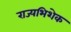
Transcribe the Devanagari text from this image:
राज्यभिशेक